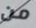
من